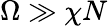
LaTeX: \Omega\gg\chi N